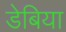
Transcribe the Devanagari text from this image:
डेबिया